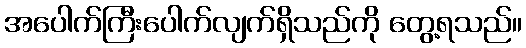
အပေါက်ကြီးပေါက်လျက်ရှိသည်ကို တွေ့ရသည်။